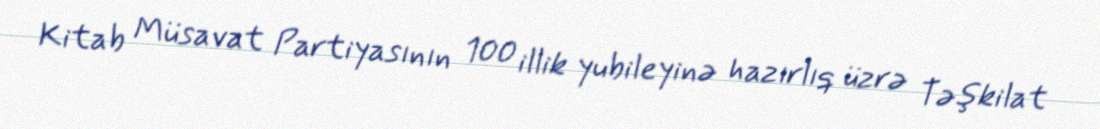
Kitab Müsavat Partiyasının 100 illik yubileyinə hazırlıq üzrə Təşkilat